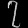
Digit: ၇